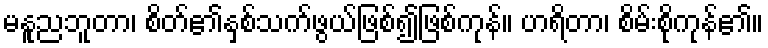
မနူညဘူတာ၊ စိတ်၏နှစ်သက်ဖွယ်ဖြစ်၍ဖြစ်ကုန်။ ဟရိတာ၊ စိမ်းစိုကုန်၏။